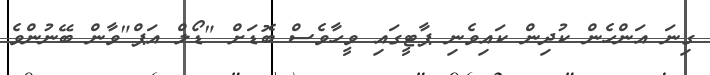
ގިނަ އަންހެން ކުދިން ކައިވެނި ޕާޓީގައި ވީހާވެސް ބޮޑަށް "ޑޯލް އަޕް"ވާން ބޭނުންވެ